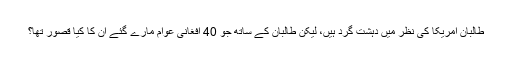
طالبان امریکا کی نظر میں دہشت گرد ہیں، لیکن طالبان کے ساتھ جو 40 افغانی عوام مارے گئے ان کا کیا قصور تھا؟